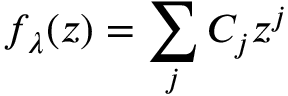
f _ { \lambda } ( z ) = \sum _ { j } C _ { j } z ^ { j }